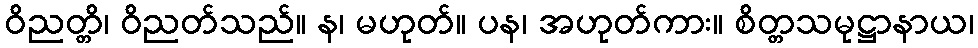
ဝိညတ္တိ၊ ဝိညတ်သည်။ န၊ မဟုတ်။ ပန၊ အဟုတ်ကား။ စိတ္တသမုဋ္ဌာနာယ၊